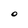
Character: O